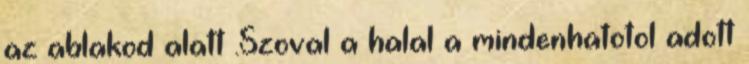
az ablakod alatt .Szoval a halal a mindenhatotol adott